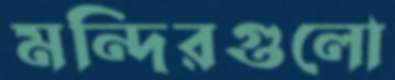
মন্দিরগুলো